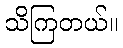
သိကြတယ်။